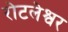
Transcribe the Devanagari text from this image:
रोटलेश्वर